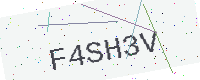
Text: F4SH3V